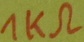
Text: 1KΩ